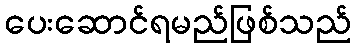
ပေးဆောင်ရမည်ဖြစ်သည်